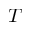
T